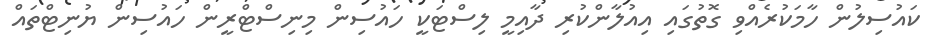
ކައުސިލުން ހާމަކުރެއްވި ގޮތުގައި އިއުލާންކުރި ދާއިމީ ލިސްޓަކީ ހައުސިން މިނިސްޓްރީން ހައުސިން ޔުނިޓްތައް